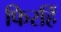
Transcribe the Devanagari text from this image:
फिरहिं